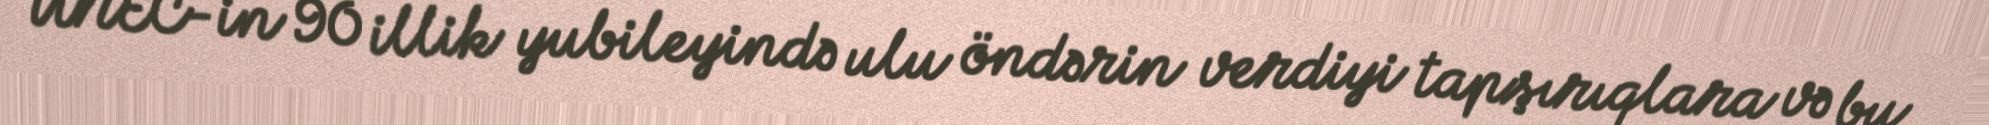
UNEC-in 90 illik yubileyində ulu öndərin verdiyi tapşırıqlara və bu